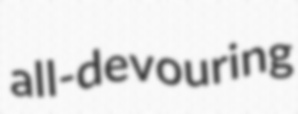
all-devouring